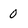
Character: 0